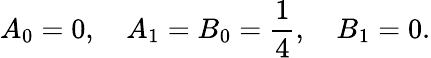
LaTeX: A_{0}=0,\quad A_{1}=B_{0}={\frac{1}{4}},\quad B_{1}=0.